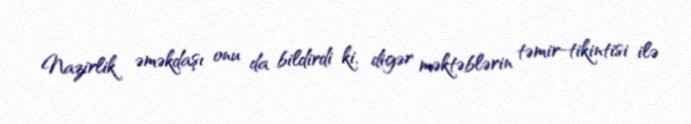
Nazirlik əməkdaşı onu da bildirdi ki, digər məktəblərin təmir-tikintisi ilə